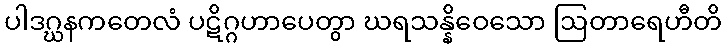
ပါဒဂ္ဃနကတေလံ ပဋိဂ္ဂဟာပေတွာ ဃရသန္နိဝေသော ဩတာရေဟီတိ